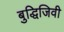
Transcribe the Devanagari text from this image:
बुद्धिजिवी